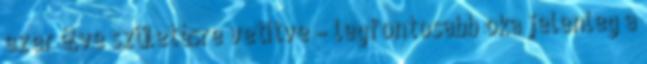
ezer élve születésre vetítve – legfontosabb oka jelenleg a